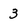
Character: 3